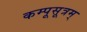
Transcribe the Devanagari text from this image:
कम्पूसूत्रम्